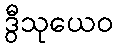
ဒွီသုယေဝ